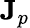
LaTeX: \textbf{J}_{p}